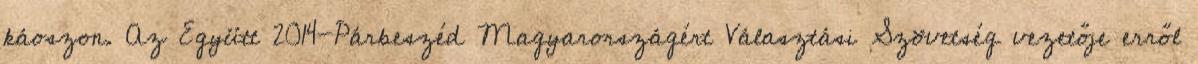
káoszon. Az Együtt 2014-Párbeszéd Magyarországért Választási Szövetség vezetője erről